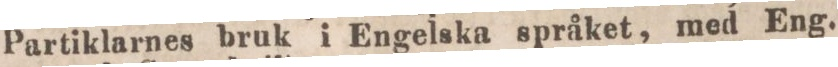
Partiklarnes bruk i Engelska språket, med Eng.